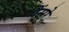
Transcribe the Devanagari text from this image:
पैंसो